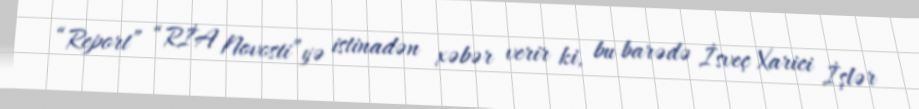
“Report” “RİA Novosti”yə istinadən xəbər verir ki, bu barədə İsveç Xarici İşlər